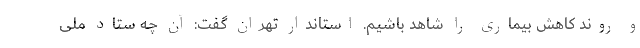
و روند کاهش بیماری را شاهد باشیم. استاندار تهران گفت: آن چه ستاد ملی